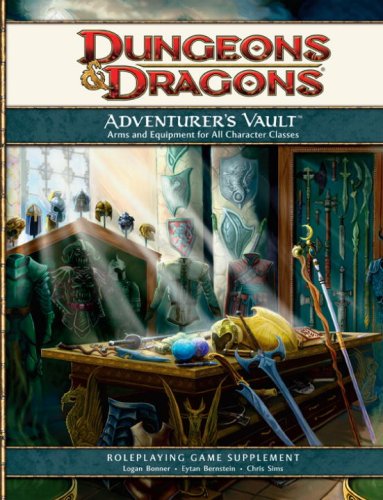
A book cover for Adventurer's Vault: A 4th Edition D&D Supplement; Logan Bonner; Science Fiction & Fantasy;